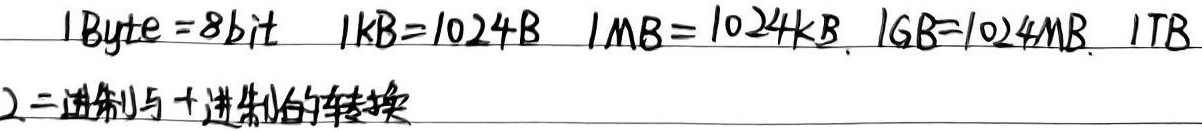
$1\text{Byte}=8\text{bit}\quad 1\text{KB}=1024\text{B}\quad 1\text{MB}=1024\text{KB}\quad 1\text{GB}=1024\text{MB}\quad 1\text{TB}$
2. 二进制与十进制的转换